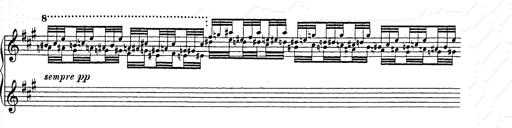
Title: Berceuse
Composer: Lucien Wurmser
Key: A major